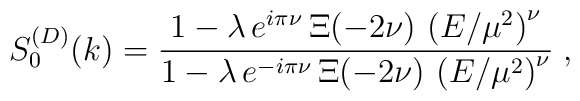
S^{(D)}_{0}(k)=\frac{1 - \lambda \,  e^{i \pi \nu} \, \Xi (-2 \nu) \,     \left(E/\mu^{2}\right)^{\nu}}{1 -  \lambda \, e^{-i \pi \nu}\,  \Xi (-2 \nu) \,\left(E/\mu^{2}\right)^{\nu}}\;  ,